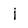
Character: i